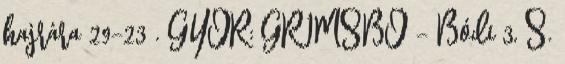
hajrára 29–23 . GYŐR: GRIMSBÖ – Bódi 3, S.